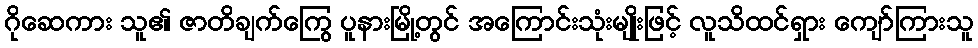
ဂိုဆေကား သူ၏ ဇာတိချက်ကြွေ ပူနားမြို့တွင် အကြောင်းသုံးမျိုးဖြင့် လူသိထင်ရှား ကျော်ကြားသူ